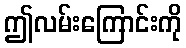
ဤလမ်းကြောင်းကို